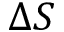
\Delta S